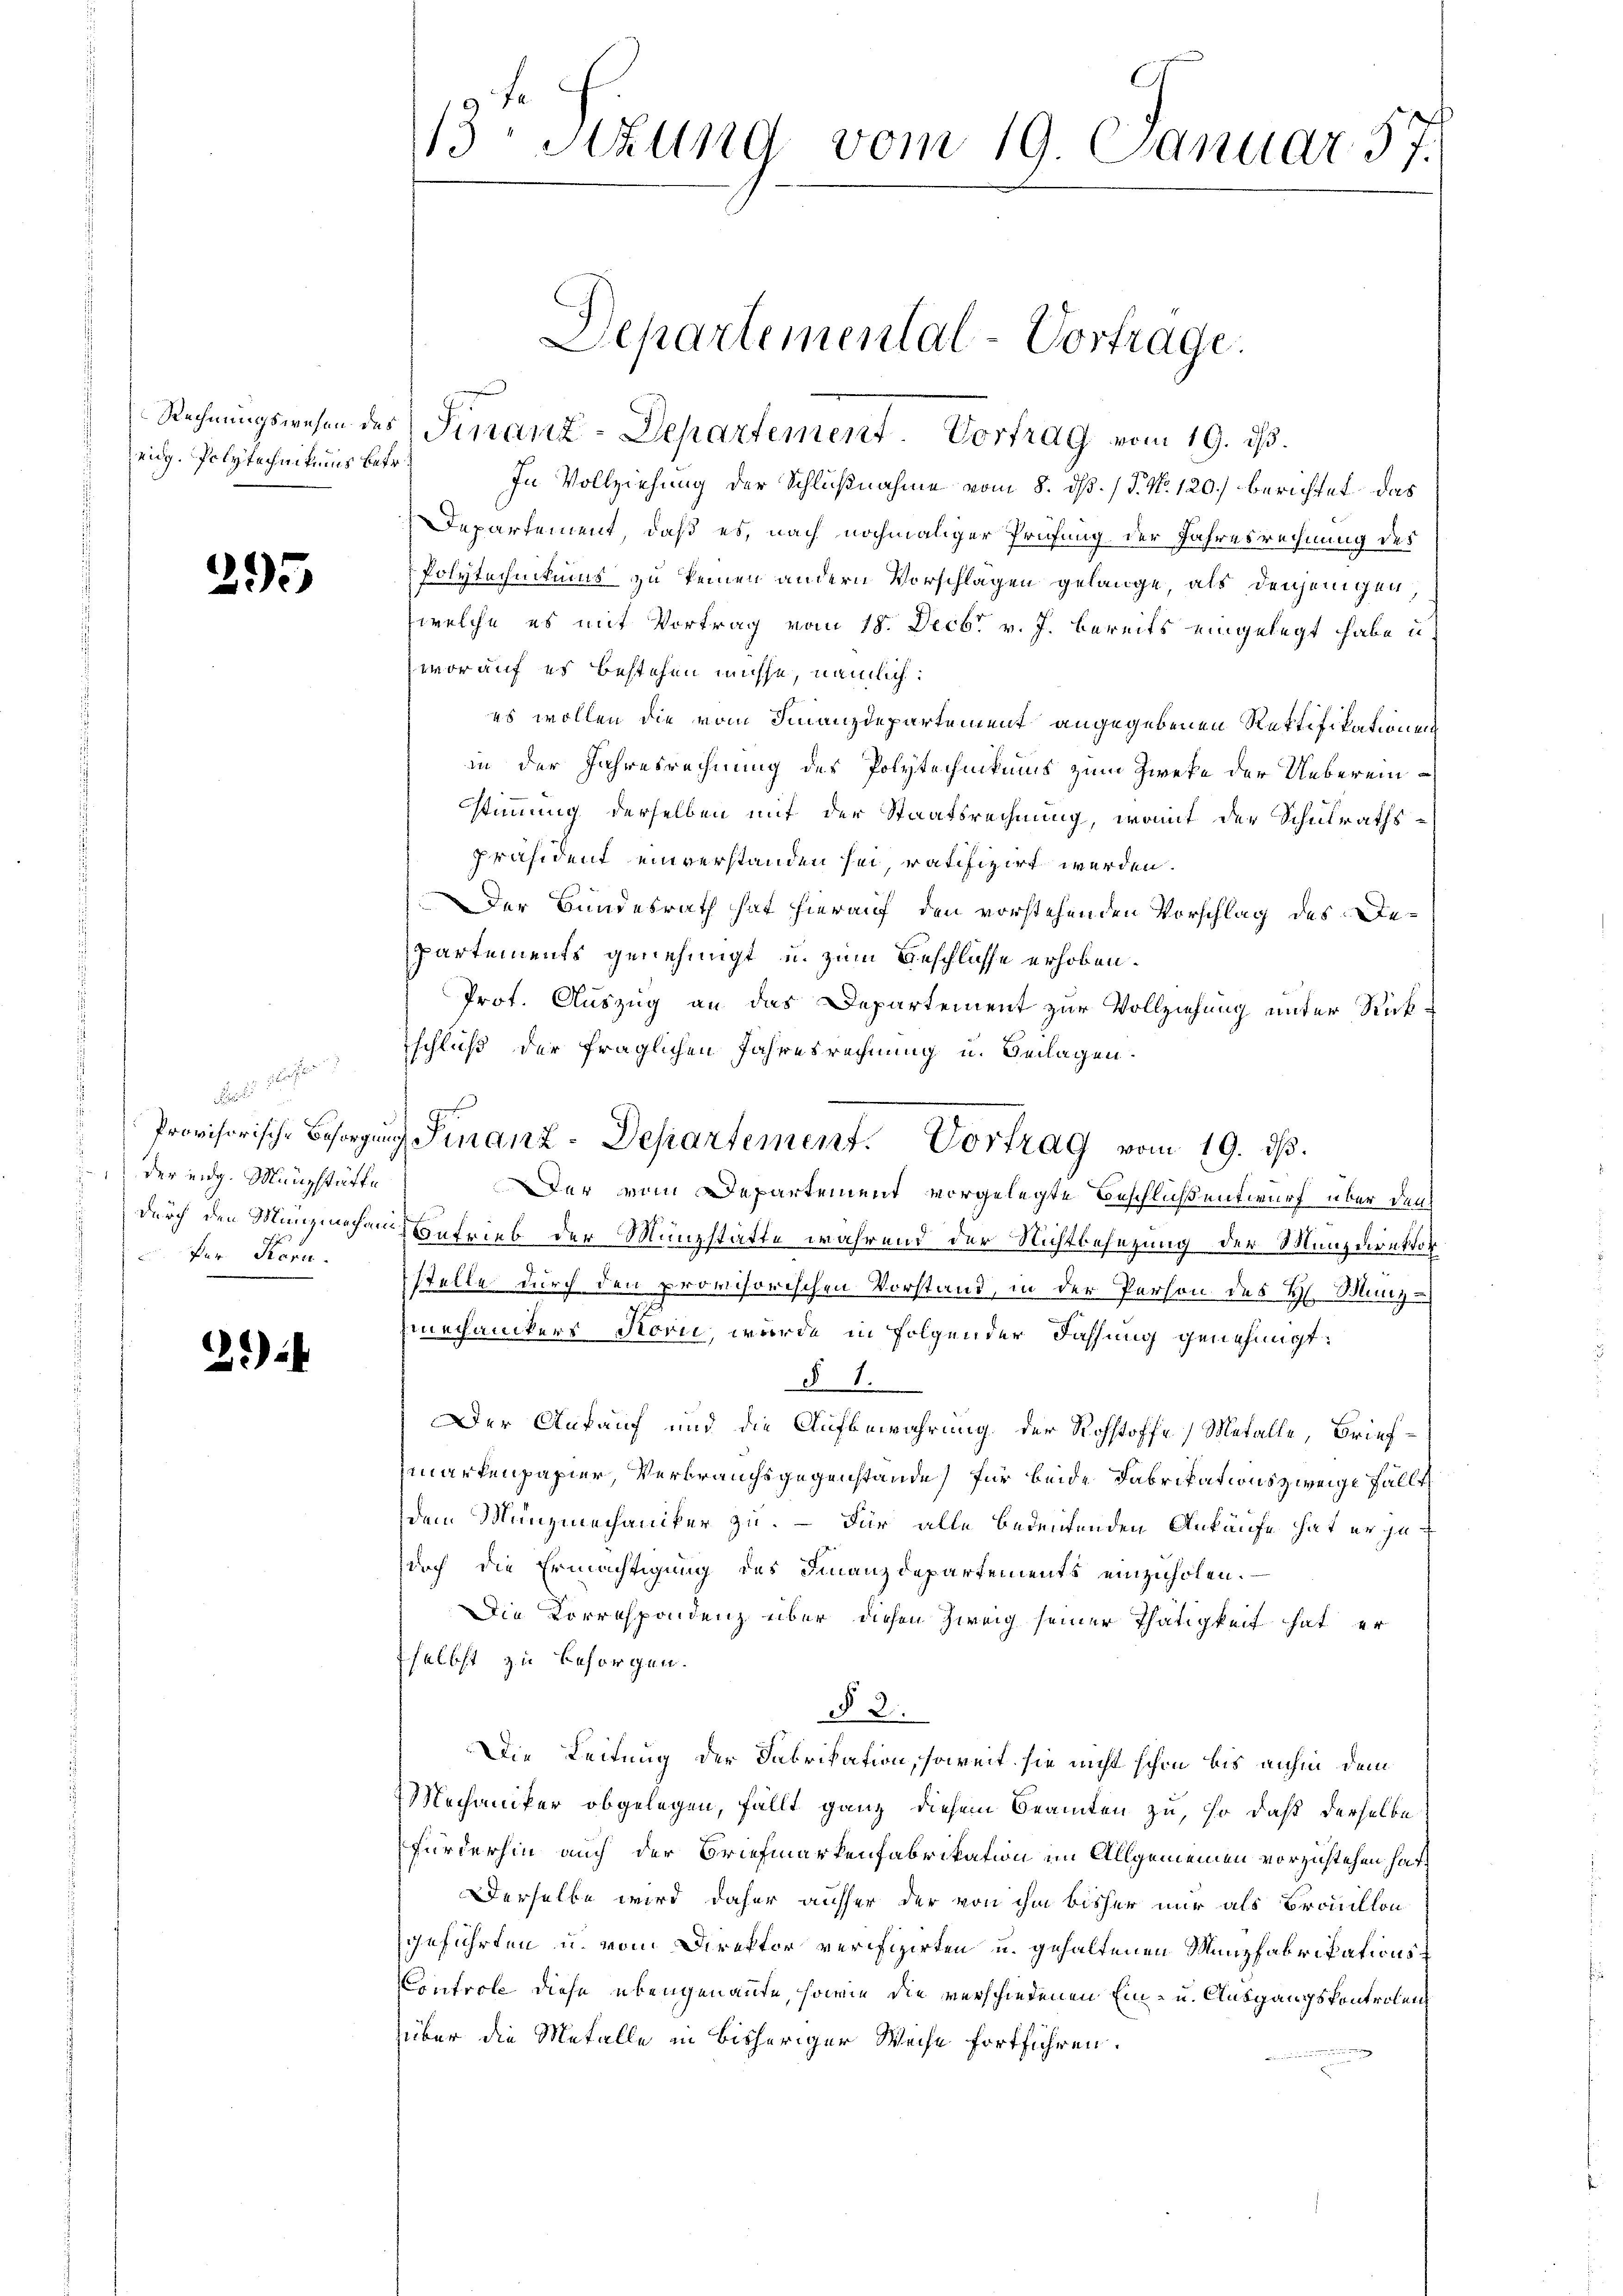
zeug. Polytechnikums betr.

295

dert sichten
der eidg. Münzstätte
fer Kara

2)

13 Sitzung vom 19. Januar 57.

In Vollziehung der Schlußnahme vom 8. ds. / P. Nr. 120.) berichtet, das
Departement, daß es, nach nochmaliger Prüfung der Jahresrechnung des
Polytechnikums zu keinen andern Vorschlagen gelange, als denjenigen
welche es mit Vortrag vom 18. Decbr. v. J. bereits eingelegt habe u.
worauf es bestehen müsse, nämlich:
es wollen die vom Finanzdepartement angegebenen Rektifikationen
in der Jahresrechnung des Polytechnikums zum Zweke der Uebereinstimmung derselben mit der Staatsrechnung, womit der Schulraths¬
Präsident einverstanden sei, ratifizirt werden.
Der Bundesrath hat hierauf den vorstehenden Vorschlag des Departements genehmigt u. zum Beschlüsse erhoben.
Prot. Auszug an das Departement zur Vollziehung unter Rückschluß der fraglichen Jahresrechnung u. Beilagen.

Der vom Departement vorgelegte Beschluß entwurf über den
durch den Menzimechanisantrieb der Münzstätte während der Nichtbesezung der Munzuruktor
stelle durch den provisorischen Vorstand, in der Person des H. Münz¬
Emechanikers Horii, wurde in Folgender Fassung genehmigt.
§ 1.
Der Ankauf und die Aufbewahrung der Rohstoffe, Metalle, Briefmarkenpapier, Verbrauchsgegenstände für beide Fabrikationszweige Fällt
dem Münzmechaniker zu. – Für alle bedeutenden Ankäufe hat er jedoch die Ermächtigŭng des Finanzdepartements einzŭholen.
Die Korrespondenz über diesen Zweig seiner Thätigkeit hat er
selbst zu besorgen.
§ 2.
Die Leitung der Fabrikation, soweit sie nicht schon bis anhin dem
Mechaniker obgelegen, fällt ganz diesem Beamten zu, so daß derselbe
fürderhin auch der Briefmarkenfabrikation im Allgemeinen vorzustehen hat,
Derselbe wird daher ausser der von ihm bisher nur als Brouillon
geführten u. vom Direktor verifizirten u. gehaltenen Munzfabrikations¬
Controll diese ebengenannte, sowie die verschiedenen Ein- und Ausgangskontrolen,
über die Metalle in bisheriger Weise fortführen.

Rechnungswesen des Finanz-Departement. Vortrag vom 19. ds.

Departemental-Vortrage.

Provisorische Besorgung Finanz-Departement. Vortrag vom 19. ds.